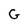
Character: G